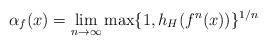
LaTeX: \begin{align*}\alpha_{f}(x)=\lim_{n \to \infty}\max\{1, h_{H}(f^{n}(x))\}^{1/n}\end{align*}